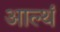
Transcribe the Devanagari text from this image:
आल्थं